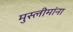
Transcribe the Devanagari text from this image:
मुस्लीमांना